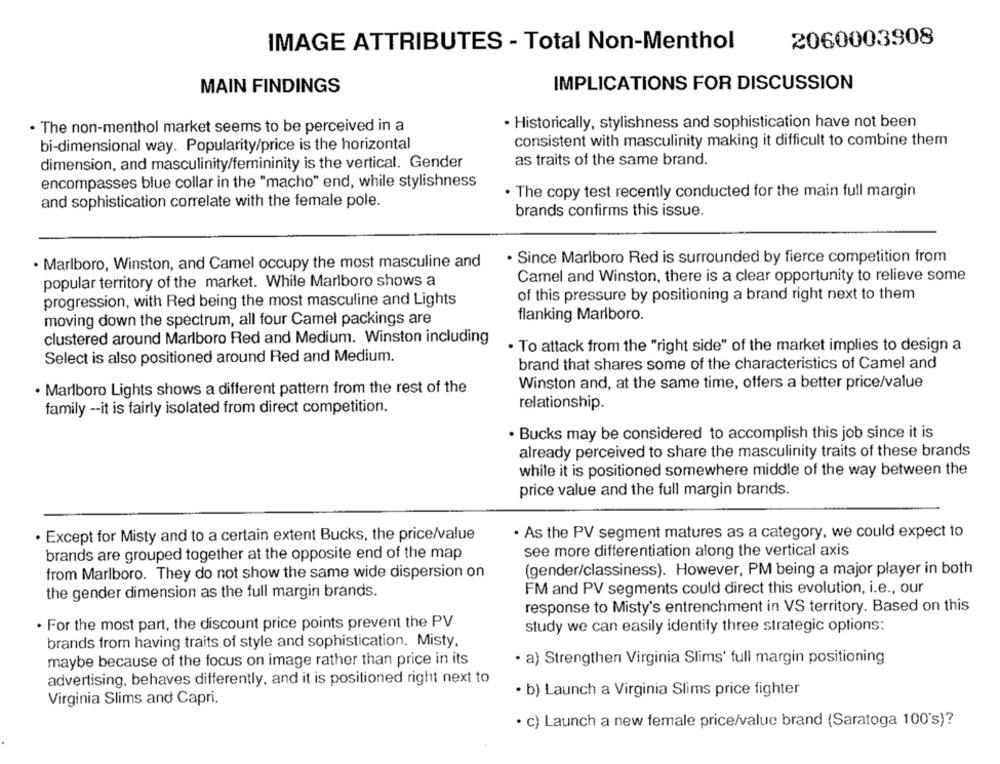
IMAGE ATTRIBUTES - Total Non-Menthol
2060003908
MAIN FINDINGS
IMPLICATIONS FOR DISCUSSION
· The non-menthol market seems to be perceived in a
· Historically, stylishness and sophistication have not been
consistent with masculinity making it difficult to combine them
bi-dimensional way. Popularity/price is the horizontal
as traits of the same brand.
dimension, and masculinity/femininity is the vertical. Gender
encompasses blue collar in the "macho" end, while stylishness
. The copy test recently conducted for the main full margin
and sophistication correlate with the female pole.
brands confirms this issue.
· Since Marlboro Red is surrounded by fierce competition from
· Marlboro, Winston, and Camel occupy the most masculine and
popular territory of the market. While Marlboro shows a
Camel and Winston, there is a clear opportunity to relieve some
of this pressure by positioning a brand right next to them
progression, with Red being the most masculine and Lights
moving down the spectrum, all four Camel packings are
flanking Marlboro.
clustered around Marlboro Red and Medium. Winston including
· To attack from the "right side" of the market implies to design a
Select is also positioned around Red and Medium.
brand that shares some of the characteristics of Camel and
· Marlboro Lights shows a different pattern from the rest of the
Winston and, at the same time, offers a better price/value
relationship.
family -- it is fairly isolated from direct competition.
· Bucks may be considered to accomplish this job since it is
already perceived to share the masculinity traits of these brands
while it is positioned somewhere middle of the way between the
price value and the full margin brands.
. Except for Misty and to a certain extent Bucks, the price/value
. As the PV segment matures as a category, we could expect to
brands are grouped together at the opposite end of the map
see more differentiation along the vertical axis
(gender/classiness). However, PM being a major player in both
from Marlboro. They do not show the same wide dispersion on
the gender dimension as the full margin brands.
FM and PV segments could direct this evolution, i.e ., our
response to Misty's entrenchment in VS territory. Based on this
. For the most part, the discount price points prevent the PV
study we can easily identify three strategic options:
brands from having traits of style and sophistication. Misty.
maybe because of the focus on image rather than price in its
· a) Strengthen Virginia Slims' full margin positioning
advertising, behaves differently, and it is positioned right next to
· b) Launch a Virginia Slims price fighter
Virginia Slims and Capri.
· c) Launch a new female price/value brand (Saratoga 100's)?